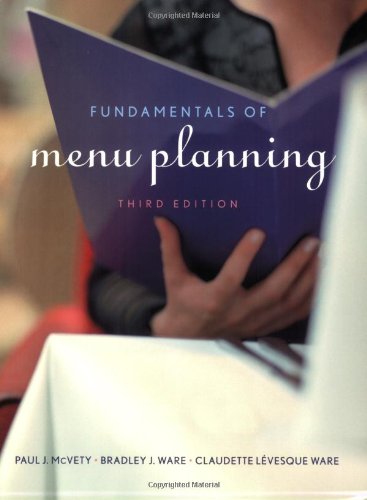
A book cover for Fundamentals of Menu Planning; Paul J. McVety; Cookbooks, Food & Wine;